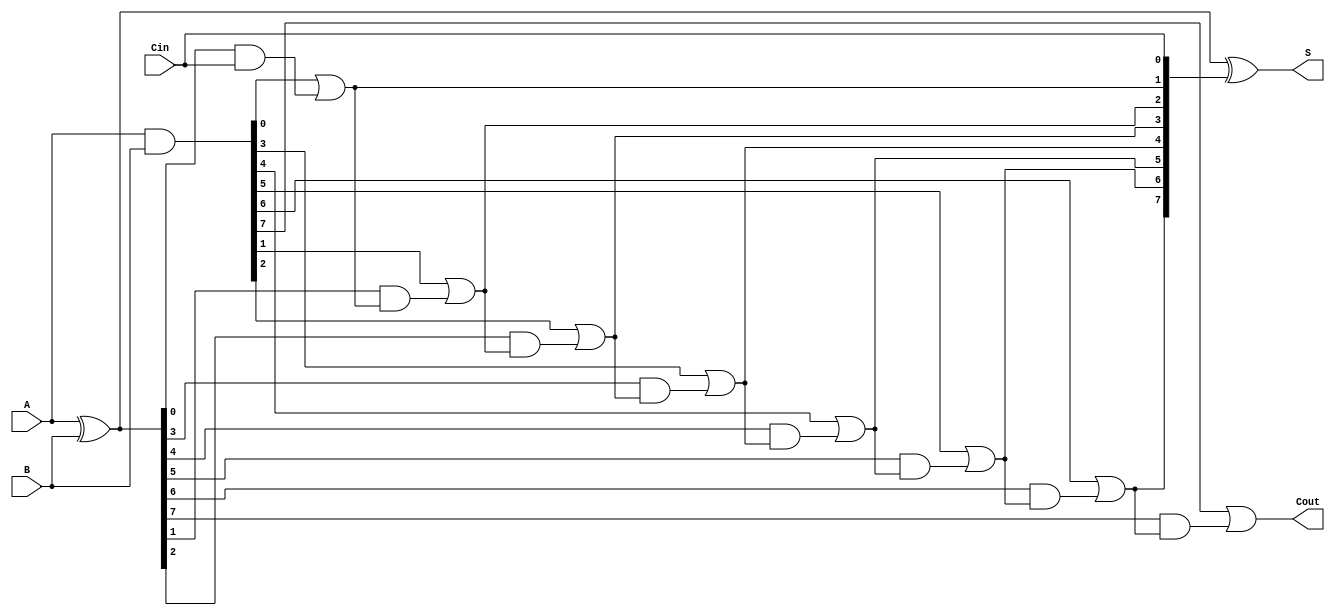
module SklanskyAdder #(
    parameter N = 8  // Bit-width of the adder
)(
    input  [N-1:0] A,   // First operand
    input  [N-1:0] B,   // Second operand
    input         Cin,   // Carry-in
    output [N-1:0] S,    // Sum output
    output        Cout    // Carry-out
);

    // Generate and propagate signals
    wire [N-1:0] G; // Generate
    wire [N-1:0] P; // Propagate
    wire [N:0] C;   // Carry signals

    // Generate and Propagate calculations
    assign G = A & B;         // G[i] = A[i] & B[i]
    assign P = A ^ B;         // P[i] = A[i] ^ B[i]

    // Carry calculations (Sklansky carry tree)
    assign C[0] = Cin;        // C[0] = Cin

    genvar i;
    generate
        for (i = 0; i < N; i = i + 1) begin: carry_gen
            if (i == 0) begin
                assign C[i+1] = G[i] | (P[i] & C[i]); // C[1] = G[0] | (P[0] & Cin)
            end else begin
                assign C[i+1] = G[i] | (P[i] & C[i]); // C[i+1] = G[i] | (P[i] & C[i])
            end
        end
    endgenerate

    // Sum calculations
    assign S = P ^ C[N-1:0]; // S[i] = P[i] ^ C[i]

    // Final carry-out
    assign Cout = C[N];      // Cout = C[n]

endmodule